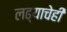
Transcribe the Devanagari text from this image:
लढ्याचेही